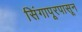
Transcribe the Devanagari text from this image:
सिंगापूरपासून